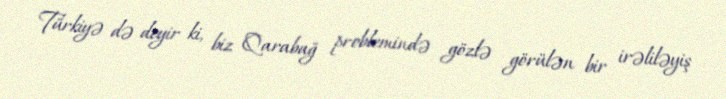
Türkiyə də deyir ki, biz Qarabağ problemində gözlə görülən bir irəliləyiş